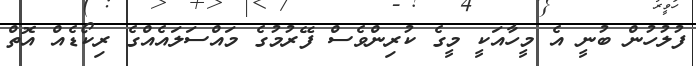
ފުލުހުން ބުނީ އެ މީހާއަކީ މީގެ ކުރިންވެސް ފޭރުމުގެ މައްސަލައެއްގެ ރިކޯޑެއް އޮތް